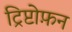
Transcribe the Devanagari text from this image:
ट्रिप्टोफ़न